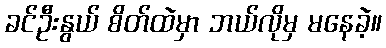
ခင်ဦးနွယ် စိတ်ထဲမှာ ဘယ်လိုမှ မနေခဲ့။